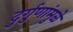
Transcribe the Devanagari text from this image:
दुर्गुणांमुळे